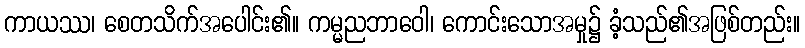
ကာယဿ၊ စေတသိက်အပေါင်း၏။ ကမ္မညဘာဝေါ၊ ကောင်းသောအမှု၌ ခံ့သည်၏အဖြစ်တည်း။